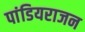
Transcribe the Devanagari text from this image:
पांडियराजन